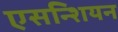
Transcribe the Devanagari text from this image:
एसन्शियन